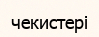
чекистері